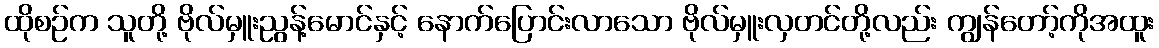
ထိုစဉ်က သူတို့ ဗိုလ်မှူးညွန့်မောင်နှင့် နောက်ပြောင်းလာသော ဗိုလ်မှူးလှတင်တို့လည်း ကျွန်တော့်ကိုအထူး